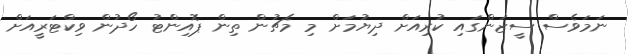
ނަމަވެސް ސީޒަންގައި ކުރިއަށް ދިޔުމަށް މި މެޗުން ތިން ޕޮއިންޓު ހޯދުން ވިކްޓަރީއަށް